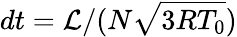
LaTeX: dt=\mathcal{L}/(N\sqrt{3RT_{0}})